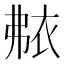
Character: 𬡐